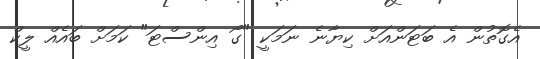
އެގޮތުން އެ ބަޓަންއަށް ކިޔާނެ ނަމަކީ "ގޯ އިންސްޓަ" ކަމަށް ބައެއް ލީކް